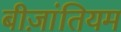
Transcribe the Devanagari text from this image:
बीज़ांतियम